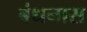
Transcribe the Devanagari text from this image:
बंधनास